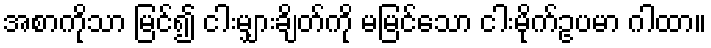
အစာကိုသာ မြင်၍ ငါးမျှားချိတ်ကို မမြင်သော ငါးမိုက်ဥပမာ ဂါထာ။